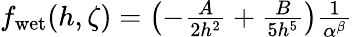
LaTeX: \begin{array}{r}{f_{\mathrm{wet}}(h,\zeta)=\left(-\frac{A}{2h^{2}}+\frac{B}{5h^{5}}\right)\frac{1}{\alpha^{\beta}}}\end{array}